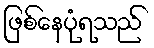
ဖြစ်နေပုံရသည်